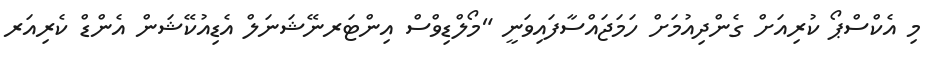
މި އެކްސްޕޯ ކުރިއަށް ގެންދިއުމަށް ހަމަޖައްސާފައިވަނީ "މޯލްޑިވްސް އިންޓަރނޭޝަނަލް އެޑިއުކޭޝަން އެންޑް ކެރިއަރ